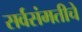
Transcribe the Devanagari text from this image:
सर्वसंमतीचे